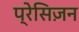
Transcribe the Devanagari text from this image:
प्रेसिज़न